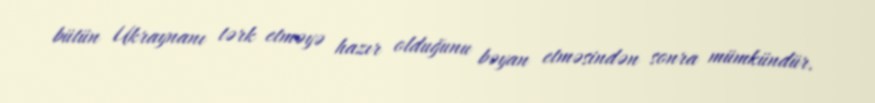
bütün Ukraynanı tərk etməyə hazır olduğunu bəyan etməsindən sonra mümkündür.